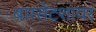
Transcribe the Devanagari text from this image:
बारसेटशायर